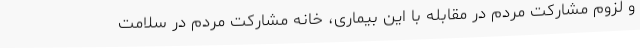
و لزوم مشارکت مردم در مقابله با این بیماری، خانه مشارکت مردم در سلامت